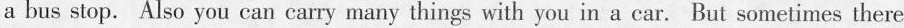
a bus stop. Also you can carry many things with you in a car. But sometimes there